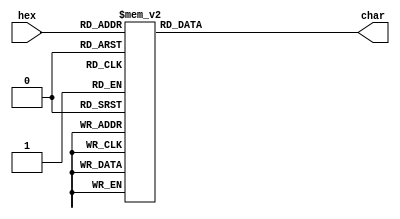
module hex2_char(hex, char);
 input [3:0] hex;
 output reg[9:0] char;
 
 
 always @(hex)
  begin
  case(hex)
	4'h0: char <= 9'h130;
	4'h1: char <= 9'h131;
	4'h2: char <= 9'h132;
	4'h3: char <= 9'h133;
	4'h4: char <= 9'h134;
	4'h5: char <= 9'h135;
	4'h6: char <= 9'h136;
	4'h7: char <= 9'h137;
	4'h8: char <= 9'h138;
	4'h9: char <= 9'h139;
	4'ha: char <= 9'h141;
	4'hb: char <= 9'h142;
	4'hc: char <= 9'h143;
	4'hd: char <= 9'h144;
	4'he: char <= 9'h145;
	4'hf: char <= 9'h146;
	endcase
 end
endmodule